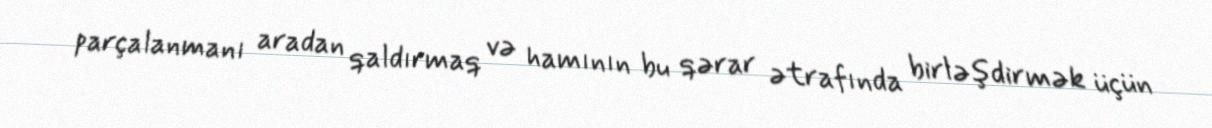
parçalanmanı aradan qaldırmaq və hamının bu qərar ətrafında birləşdirmək üçün